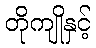
တိုကျိုနှင့်